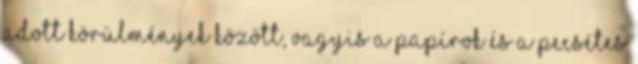
adott körülmények között, vagyis a papírok és a pecsétes